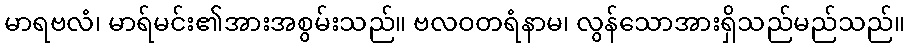
မာရဗလံ၊ မာရ်မင်း၏အားအစွမ်းသည်။ ဗလဝတရံနာမ၊ လွန်သောအားရှိသည်မည်သည်။